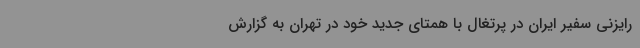
‌ رایزنی سفیر ایران در پرتغال با همتای جدید خود در تهران به گزارش